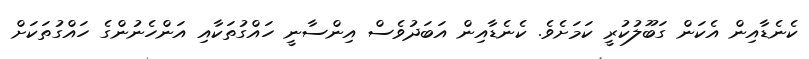
ކެނެޑާއިން އެކަން ގަބޫލުކުރީ ކަމަށެވެ. ކެނެޑާއިން އަބަދުވެސް އިންސާނީ ހައްގުތަކާއި އަންހެނުންގެ ހައްގުތަކަށް